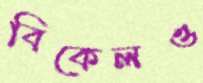
বিকেলও